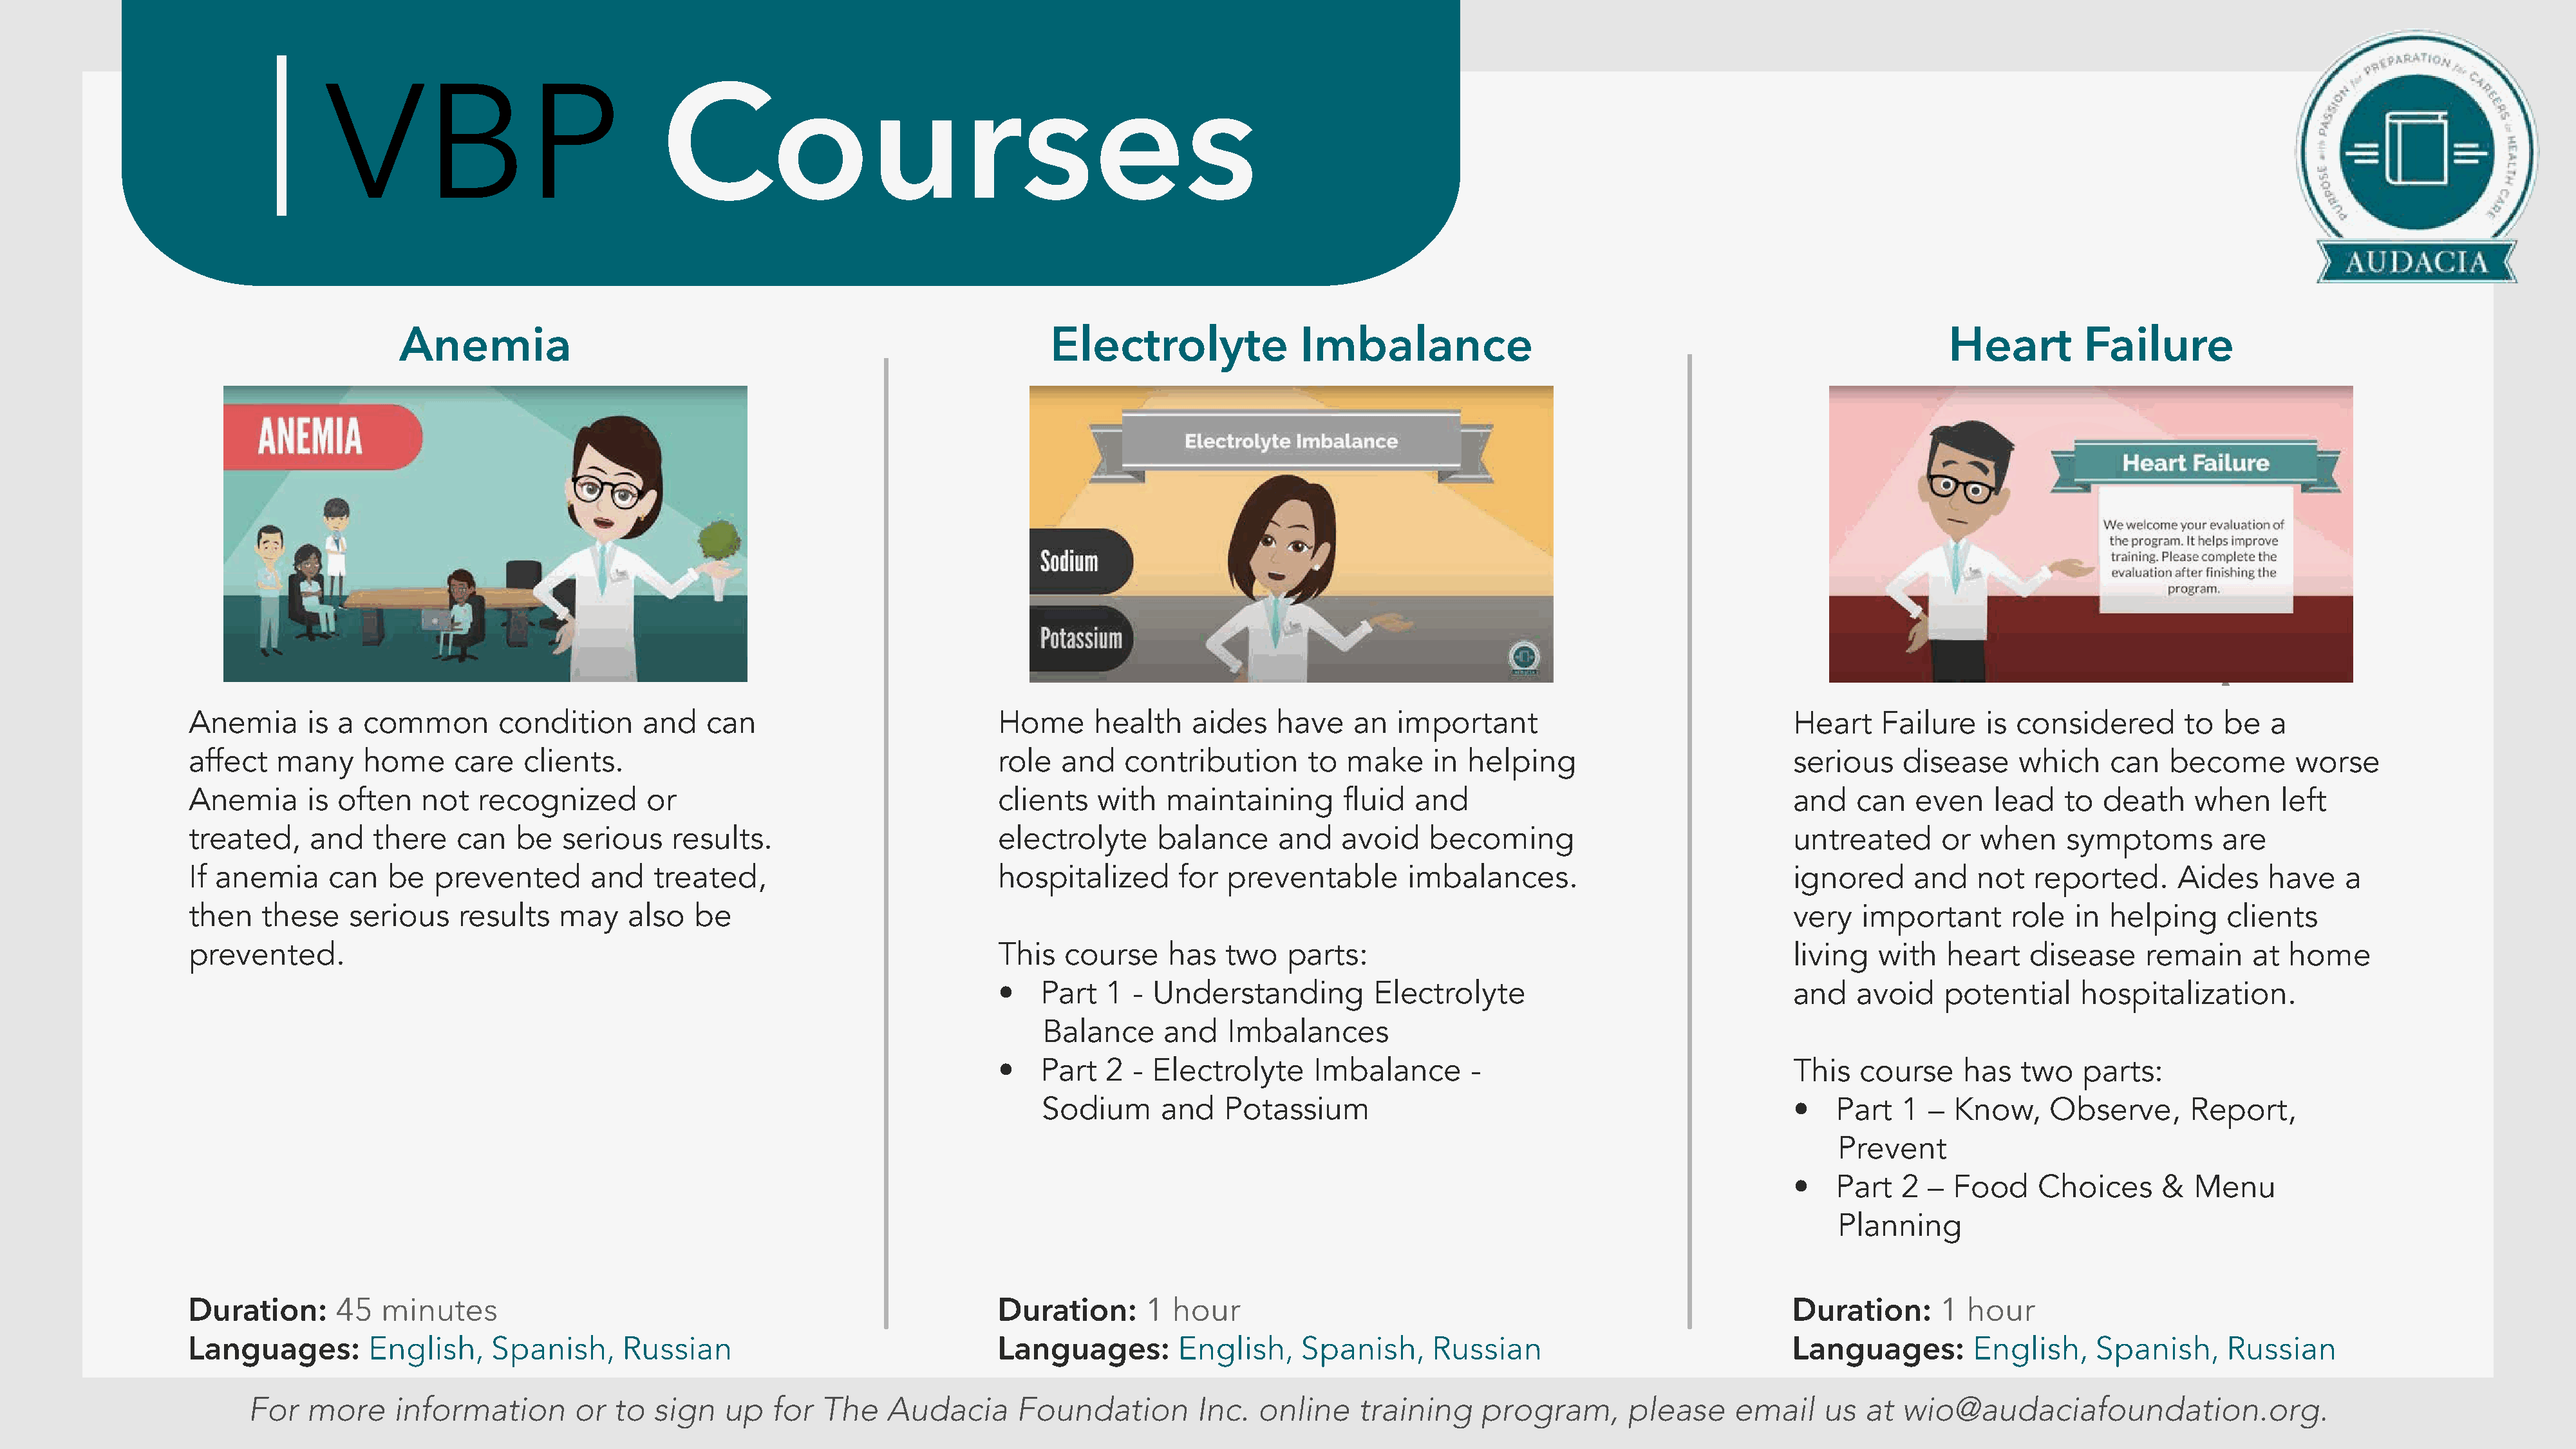
VBP
 Courses
 Anemia                                                             Electrolyte               Imbalance                                                         Heart         Failure
 Anemia       is a common        condition      and    can                           Home      health    aides   have    an   important                               Heart    Failure    is considered        to  be  a
 affect   many     home      care   clients.                                         role  and    contribution      to  make     in  helping                          serious     disease     which    can   become       worse
 Anemia       is often   not   recognized       or                                   clients   with   maintaining       fluid  and                                    and    can   even    lead   to  death     when    left
 treated,     and   there    can   be   serious    results.                          electrolyte     balance     and    avoid    becoming                             untreated       or  when    symptoms        are
 If anemia      can   be   prevented       and   treated,                            hospitalized      for  preventable        imbalances.                            ignored      and   not   reported.      Aides    have    a
 then    these    serious    results    may    also  be                                                                                                               very   important       role  in  helping     clients
 prevented.                                                                          This  course     has   two   parts:                                              living   with   heart    disease     remain     at home
 •   Part   1 -  Understanding         Electrolyte                                and    avoid    potential     hospitalization.
 Balance      and   Imbalances
 •   Part   2 -  Electrolyte     Imbalance       -                                This   course     has   two   parts:
 Sodium      and    Potassium                                                 •    Part   1 –  Know,     Observe,      Report,
 Prevent
 •    Part   2 –  Food     Choices     &  Menu
 Planning
 Duration:      45   minutes                                                         Duration:      1 hour                                                            Duration:      1  hour
 Languages:         English,    Spanish,      Russian                                Languages:        English,     Spanish,     Russian                              Languages:         English,    Spanish,      Russian
 For   more    information        or  to  sign   up   for  The    Audacia      Foundation         Inc.  online     training    program,       please     email    us   at  wio@audaciafoundation.org.